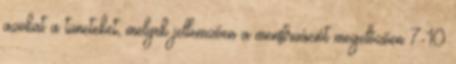
azokat a tüneteket, melyek jellemzően a menstruációt megelőzően 7-10